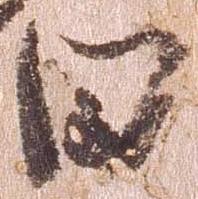
日